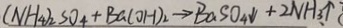
( N H _ { 4 } ) _ { 2 } S O _ { 4 } + B a ( O H ) _ { 2 } \rightarrow B a S O _ { 4 } \downarrow + 2 N H _ { 3 } \uparrow